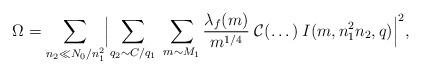
LaTeX: \begin{align*}\Omega=\sum_{n_2\ll N_0/n_1^2} \Bigl|\sum_{q_2\sim C/q_1}\;\sum_{m\sim M_1} \frac{\lambda_f(m)}{m^{1/4}} \;\mathcal{C}(\dots)\:I(m,n_1^2n_2,q)\Bigr|^2,\end{align*}